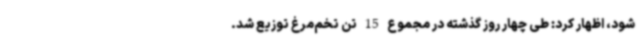
شود، اظهار کرد: طی چهار روز گذشته در مجموع 15 تن تخم‌مرغ توزیع شد.